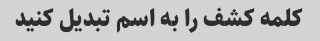
کلمه کشف را به اسم تبدیل کنید